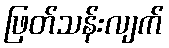
ဖြတ်သန်းလျက်